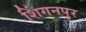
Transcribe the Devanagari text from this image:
शिंगनपुर